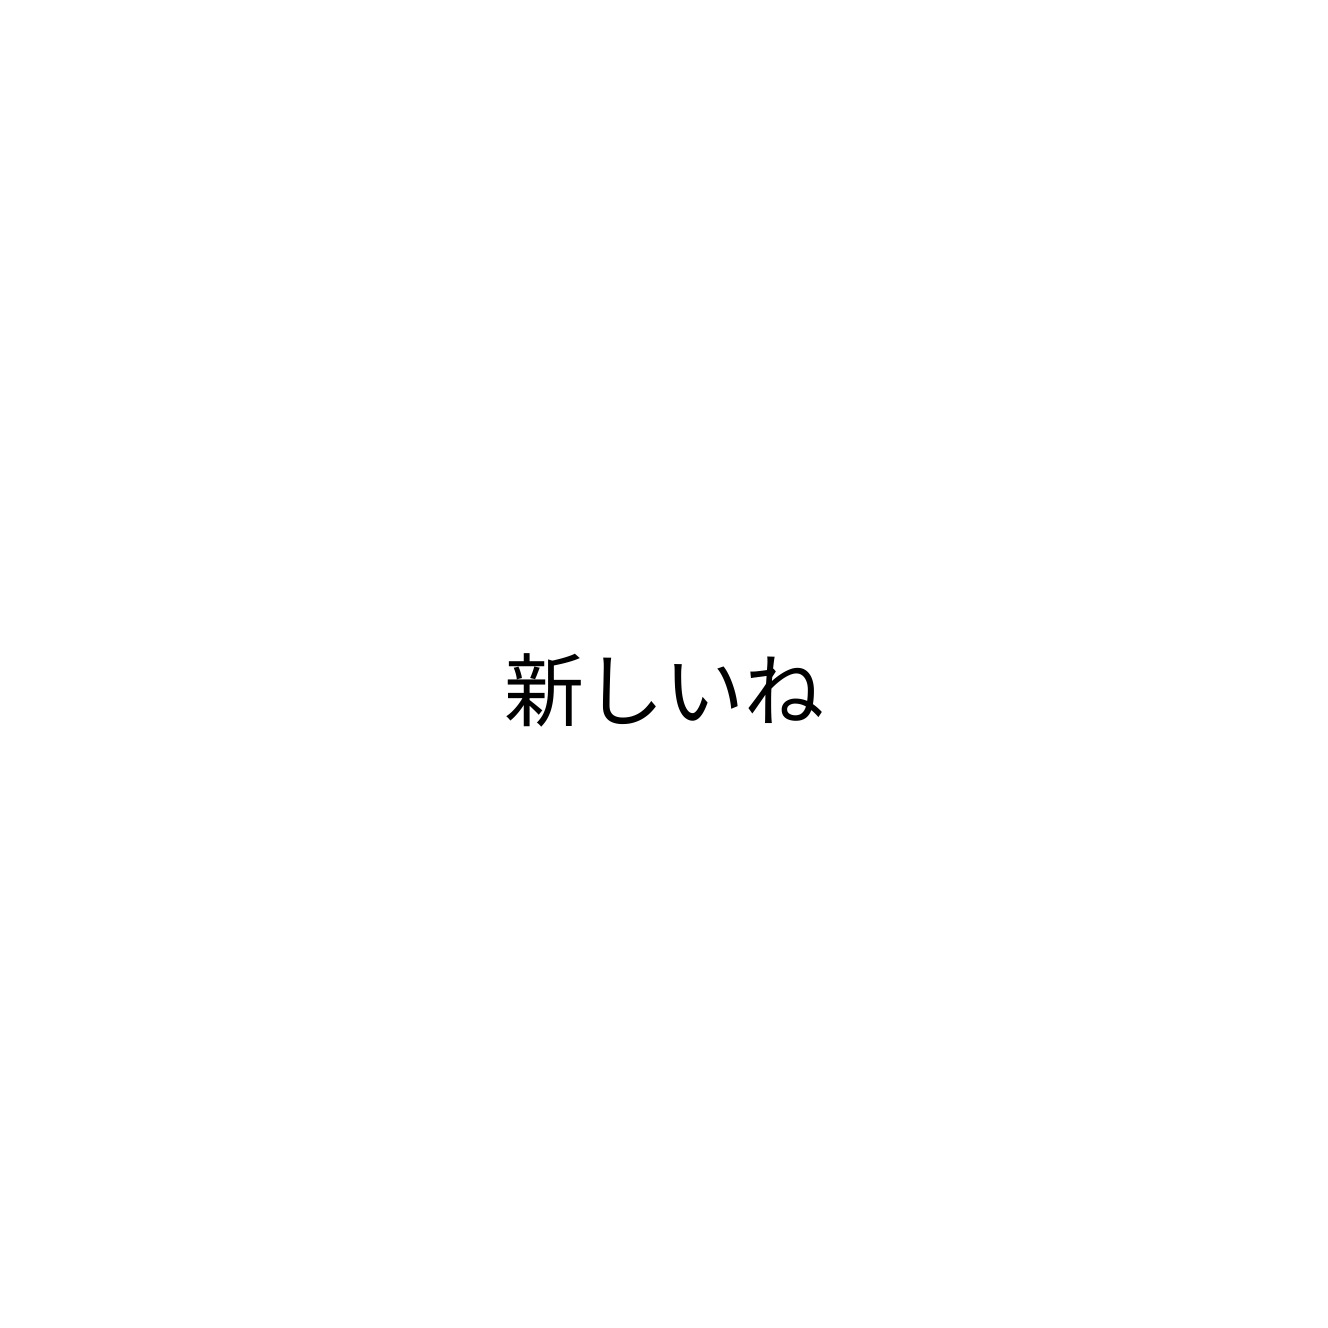
新しいね